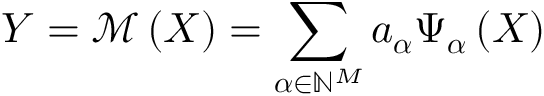
\boldsymbol { Y } = \mathcal { M } \left( \boldsymbol { X } \right) = \sum _ { \boldsymbol { \alpha } \in \mathbb { N } ^ { M } } \boldsymbol { a _ { \alpha } } \Psi _ { \boldsymbol { \alpha } } \left( \boldsymbol { X } \right)